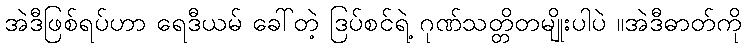
အဲဒီဖြစ်ရပ်ဟာ ရေဒီယမ် ခေါ်တဲ့ ဒြပ်စင်ရဲ့ ဂုဏ်သတ္တိတမျိုးပါပဲ ။အဲဒီဓာတ်ကို